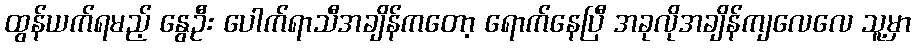
ထွန်ယက်ရမည့် နွေဦး ပေါက်ရာသီအချိန်ကတော့ ရောက်နေပြီ အခုလိုအချိန်ကျလေလေ သူ့မှာ